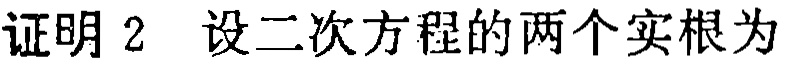
证明2 设二次方程的两个实根为